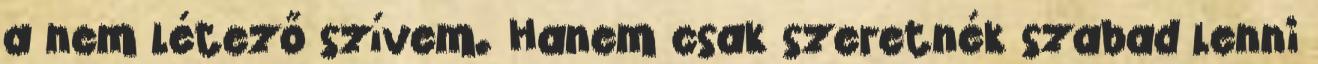
a nem létező szívem. Hanem csak szeretnék szabad lenni